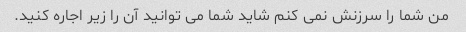
من شما را سرزنش نمی کنم شاید شما می توانید آن را زیر اجاره کنید.